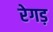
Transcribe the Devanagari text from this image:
रेगड़